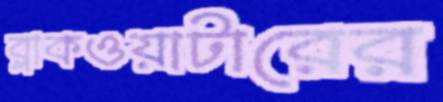
ব্লাকওয়াটারের